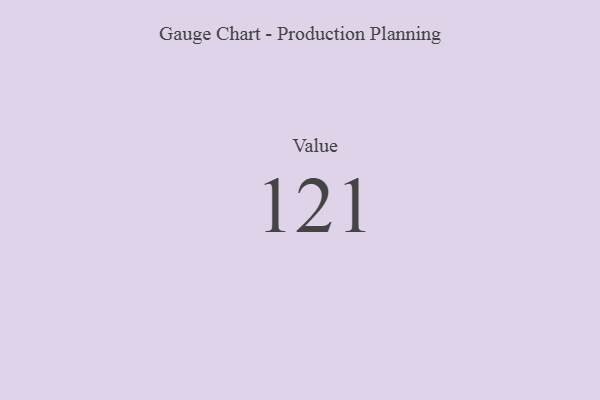
{"axis": {"x": "Metric", "y": "Value"}, "legend": [""], "data": [{"x": "Value", "y": 121, "type": ""}]}